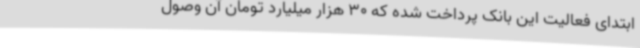
ابتدای فعالیت این بانک پرداخت شده که 30 هزار میلیارد تومان آن وصول